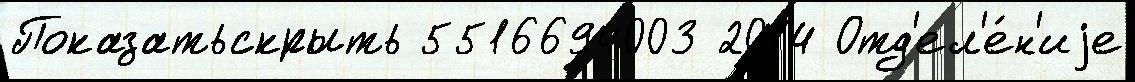
Показатьскрыть 5516694003 2014 Отд'ел'е́н'иjе